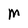
Character: M